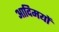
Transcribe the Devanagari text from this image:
आदिमयों